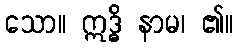
သော။ ဣဒ္ဓိ နာမ၊ ၏။